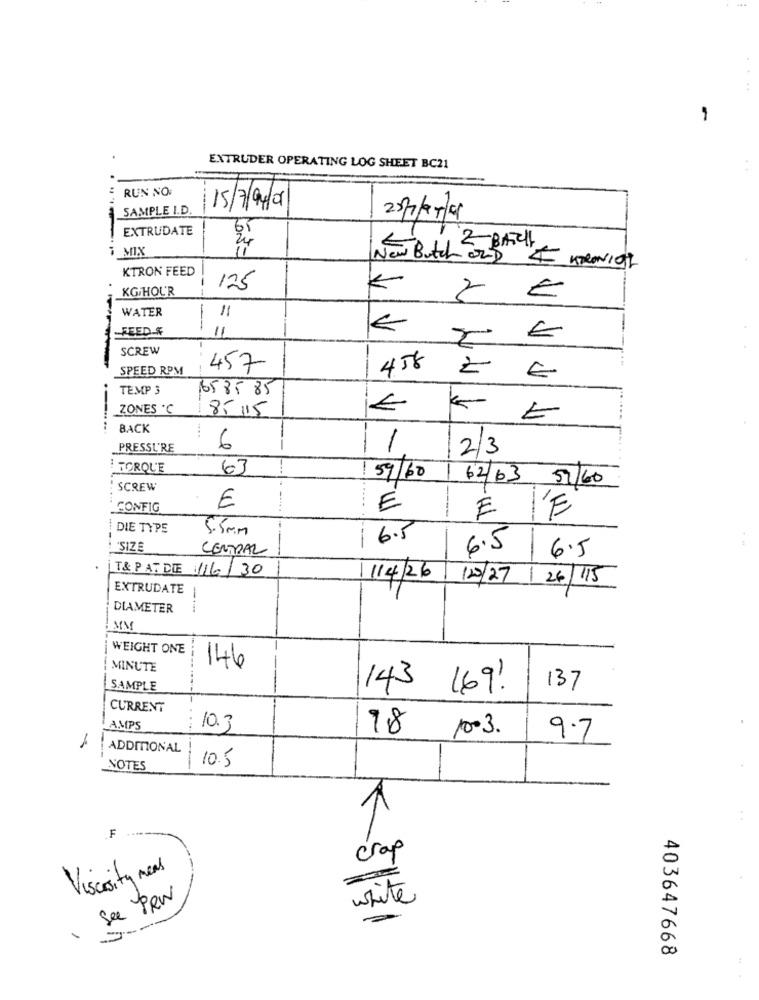
EXTRUDER OPERATING LOG SHEET BC21
RUN NO
SAMPLE I.D.
15/7/9/01
20/7/219
EXTRUDATE
2-BATCH
New Butch ond
KTRON FEED
4 KTRONI0L
KG/HOUR
125
WATER
11
FEED &
--
11
€
SCREW
SPEED RPM
457
458
ZE
TEMP 3
16585 85
ZONES .C
8- 15
€
BACK
PRESSU'RE
6
1
2/3
TORQUE
63
59/60
6263
57/60
SCREW
CONFIG
E
E
E
DIE TYPE
5.5mm
6.5
'SIZE
CENTRAL
6.5
6.5
T& P AT DIE /6/30
11/4/26
120/27
26/115
EXTRUDATE
DIAMETER
MM
WEIGHT ONE
MINUTE
146
---
SAMPLE
143 169.
137
CURRENT
AMPS
10.3
78
10-3.
9.7
ADDITONAL
10.5
NOTES
1
F
crap
Viscosity meal
--
white
se PRW
403647668